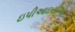
ઇપીઆઇસીએ